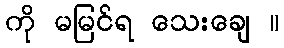
ကို မမြင်ရ သေးချေ ။